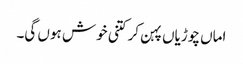
اماں چوڑیاں پہن کر کتنی خوش ہوں گی۔